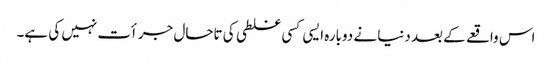
اس واقعے کے بعد دنیا نے دوبارہ ایسی کسی غلطی کی تاحال جرأت نہیں کی ہے۔